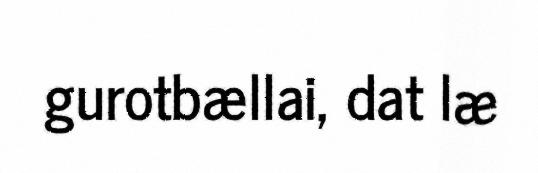
gurotbællai, dat læ